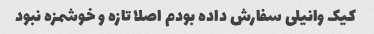
کیک وانیلی سفارش داده بودم اصلا تازه و خوشمزه نبود